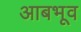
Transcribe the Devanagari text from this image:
आबभूव